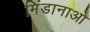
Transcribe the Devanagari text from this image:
मिंडानाओ